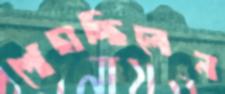
পোঁছাচ্ছিলেন